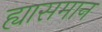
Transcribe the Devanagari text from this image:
ह्यासमान